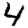
Digit: 4